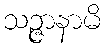
သဉ္ဇာနာမိ